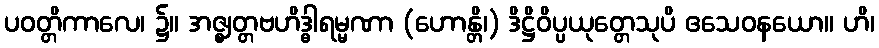
ပဝတ္တိကာလေ၊ ၌။ အဇ္ဈတ္တဗဟိဒ္ဓါရမ္မဏာ (ဟောန္တိ၊) ဒိဋ္ဌိဝိပ္ပယုတ္တေသုပိ ဧသေဝနယော။ ဟိ၊